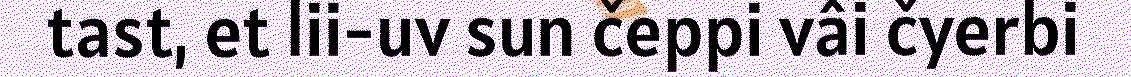
tast, et lii-uv sun čeppi vâi čyerbi